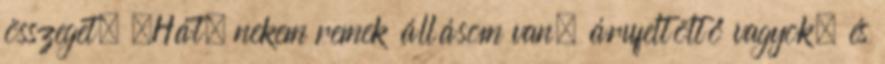
összeget. „Hát, nekem remek állásom van, árufeltöltő vagyok, és